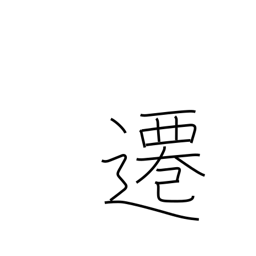
Meaning: move